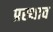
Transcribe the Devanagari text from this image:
प्रस्थाव